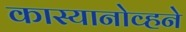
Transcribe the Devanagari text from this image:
कास्यानोव्हने